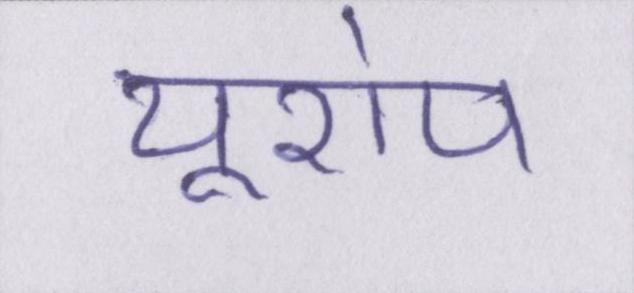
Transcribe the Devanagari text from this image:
यूरोप